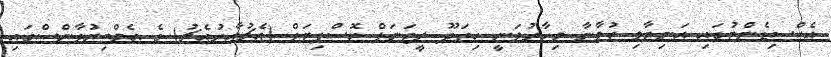
އެކްސިޑެންޓުގައި އަނިޔާވި ޒުވާނާ މިހާރުވަނީ ހިތަދޫ ރީޖަނަލް ހޮސްޕިޓަލް (އެޗުއާރުއެޗު) ގެ އެމްބިޔުލާންސްގައި